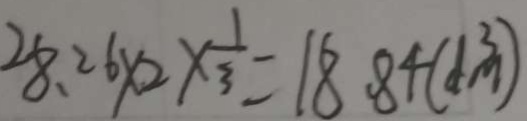
2 8 . 2 6 \times 2 \times \frac { 1 } { 3 } = 1 8 . 8 4 ( d m ^ { 3 } )